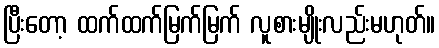
ပြီးတော့ ထက်ထက်မြက်မြက် လူစားမျိုးလည်းမဟုတ်။